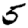
Digit: 5